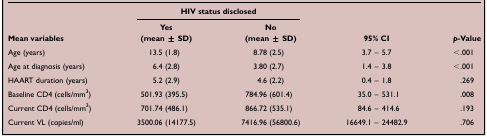
<table><thead><tr><td rowspan="2"><b>Mean variables</b></td><td colspan="2"><b>HIV status disclosed</b></td><td rowspan="2"><b>95% CI</b></td><td rowspan="2"><b><i>p</i>-Value</b></td></tr><tr><td><b>Yes (mean ± SD)</b></td><td><b>No (mean ± SD)</b></td></tr></thead><tbody><tr><td>Age (years)</td><td>13.5 (1.8)</td><td>8.78 (2.5)</td><td>3.7 – 5.7</td><td>&lt;.001</td></tr><tr><td>Age at diagnosis (years)</td><td>6.4 (2.8)</td><td>3.80 (2.7)</td><td>1.4 – 3.8</td><td>&lt;.001</td></tr><tr><td>HAART duration (years)</td><td>5.2 (2.9)</td><td>4.6 (2.2)</td><td>0.4 – 1.8</td><td>.269</td></tr><tr><td>Baseline CD4 (cells/mm<sup>3</sup>)</td><td>501.93 (395.5)</td><td>784.96 (601.4)</td><td>35.0 – 531.1</td><td>.008</td></tr><tr><td>Current CD4 (cells/mm<sup>3</sup>)</td><td>701.74 (486.1)</td><td>866.72 (535.1)</td><td>84.6 – 414.6</td><td>.193</td></tr><tr><td>Current VL (copies/ml)</td><td>3500.06 (14177.5)</td><td>7416.96 (56800.6)</td><td>16649.1 – 24482.9</td><td>.706</td></tr></tbody></table>